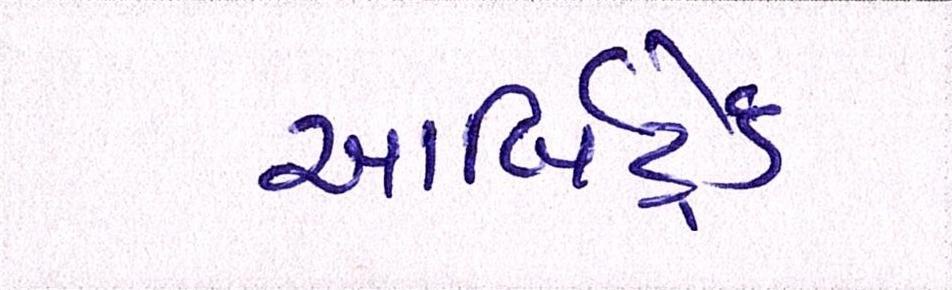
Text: આર્બિટ્રેડ